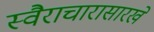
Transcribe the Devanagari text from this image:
स्वैराचारासारखे